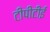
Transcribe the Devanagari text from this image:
टीपीटीई